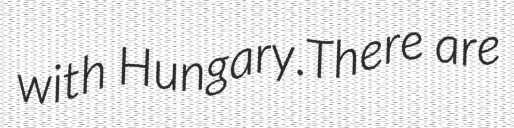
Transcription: with Hungary.There are